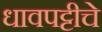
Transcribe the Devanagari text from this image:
धावपट्टीचे